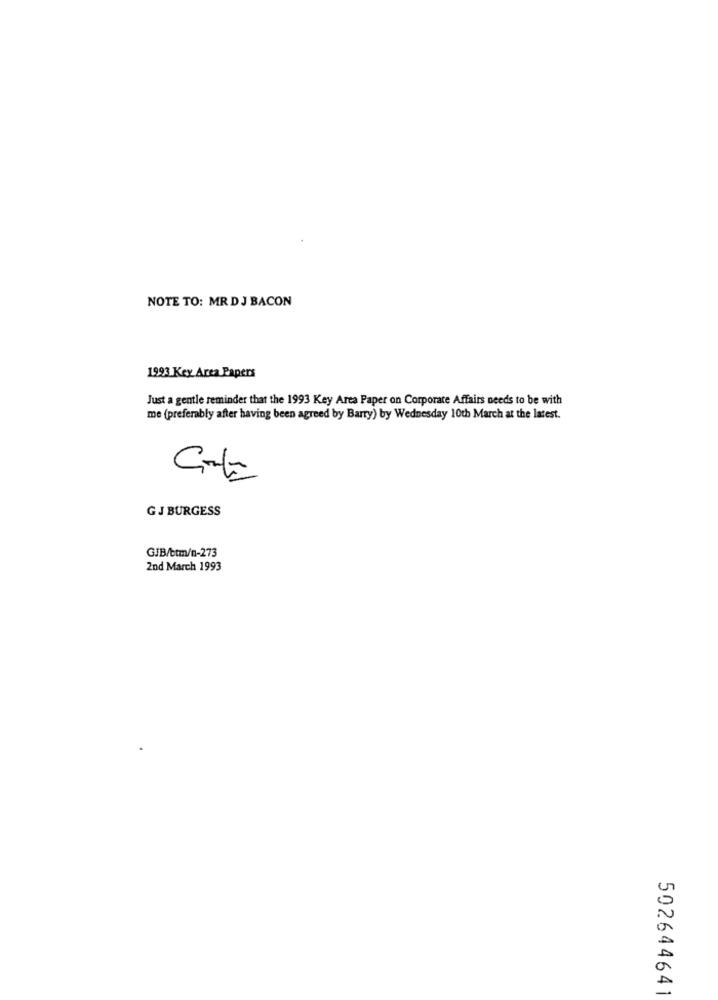
NOTE TO: MR D J BACON
1993 Key Area Papers
Just a gentle reminder that the 1993 Key Area Paper on Corporate Affairs needs to be with
me (preferably after having been agreed by Barry) by Wednesday 10th March at the latest.
GJ BURGESS
GJB/ctm/n-273
2nd March 1993
502644641